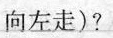
向左走)?